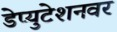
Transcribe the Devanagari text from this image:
डेप्युटेशनवर